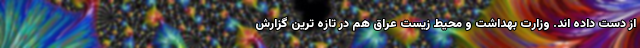
از دست داده اند. وزارت بهداشت و محیط زیست عراق هم در تازه ترین گزارش